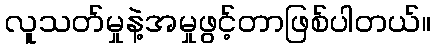
လူသတ်မှုနဲ့အမှုဖွင့်တာဖြစ်ပါတယ်။